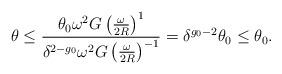
LaTeX: \begin{align*}\theta \le \frac {\theta_0\omega^2 G\left( \frac {\omega}{2R}\right)^{1}}{\delta^{2-g_0}\omega^2 G\left(\frac \omega{2R}\right)^{-1}}= \delta^{g_0-2}\theta_0\le\theta_0.\end{align*}